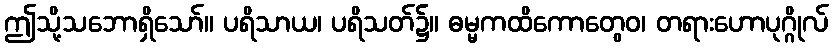
ဤသို့သဘောရှိသော်။ ပရိသာယ၊ ပရိသတ်၌။ ဓမ္မကထိကောတွေဝ၊ တရားဟောပုဂ္ဂိုလ်